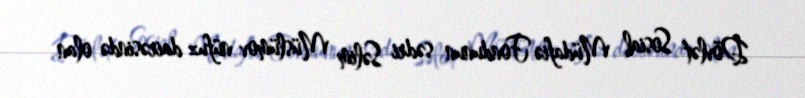
Dövlət Sosial Müdafiə Fondunun sədri Səlim Müslümov nüfuz dairəsində olan